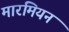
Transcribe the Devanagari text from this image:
मारमियन